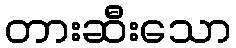
တားဆီးသော